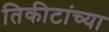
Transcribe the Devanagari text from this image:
तिकीटांच्या